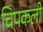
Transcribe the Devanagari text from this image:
चिपकली